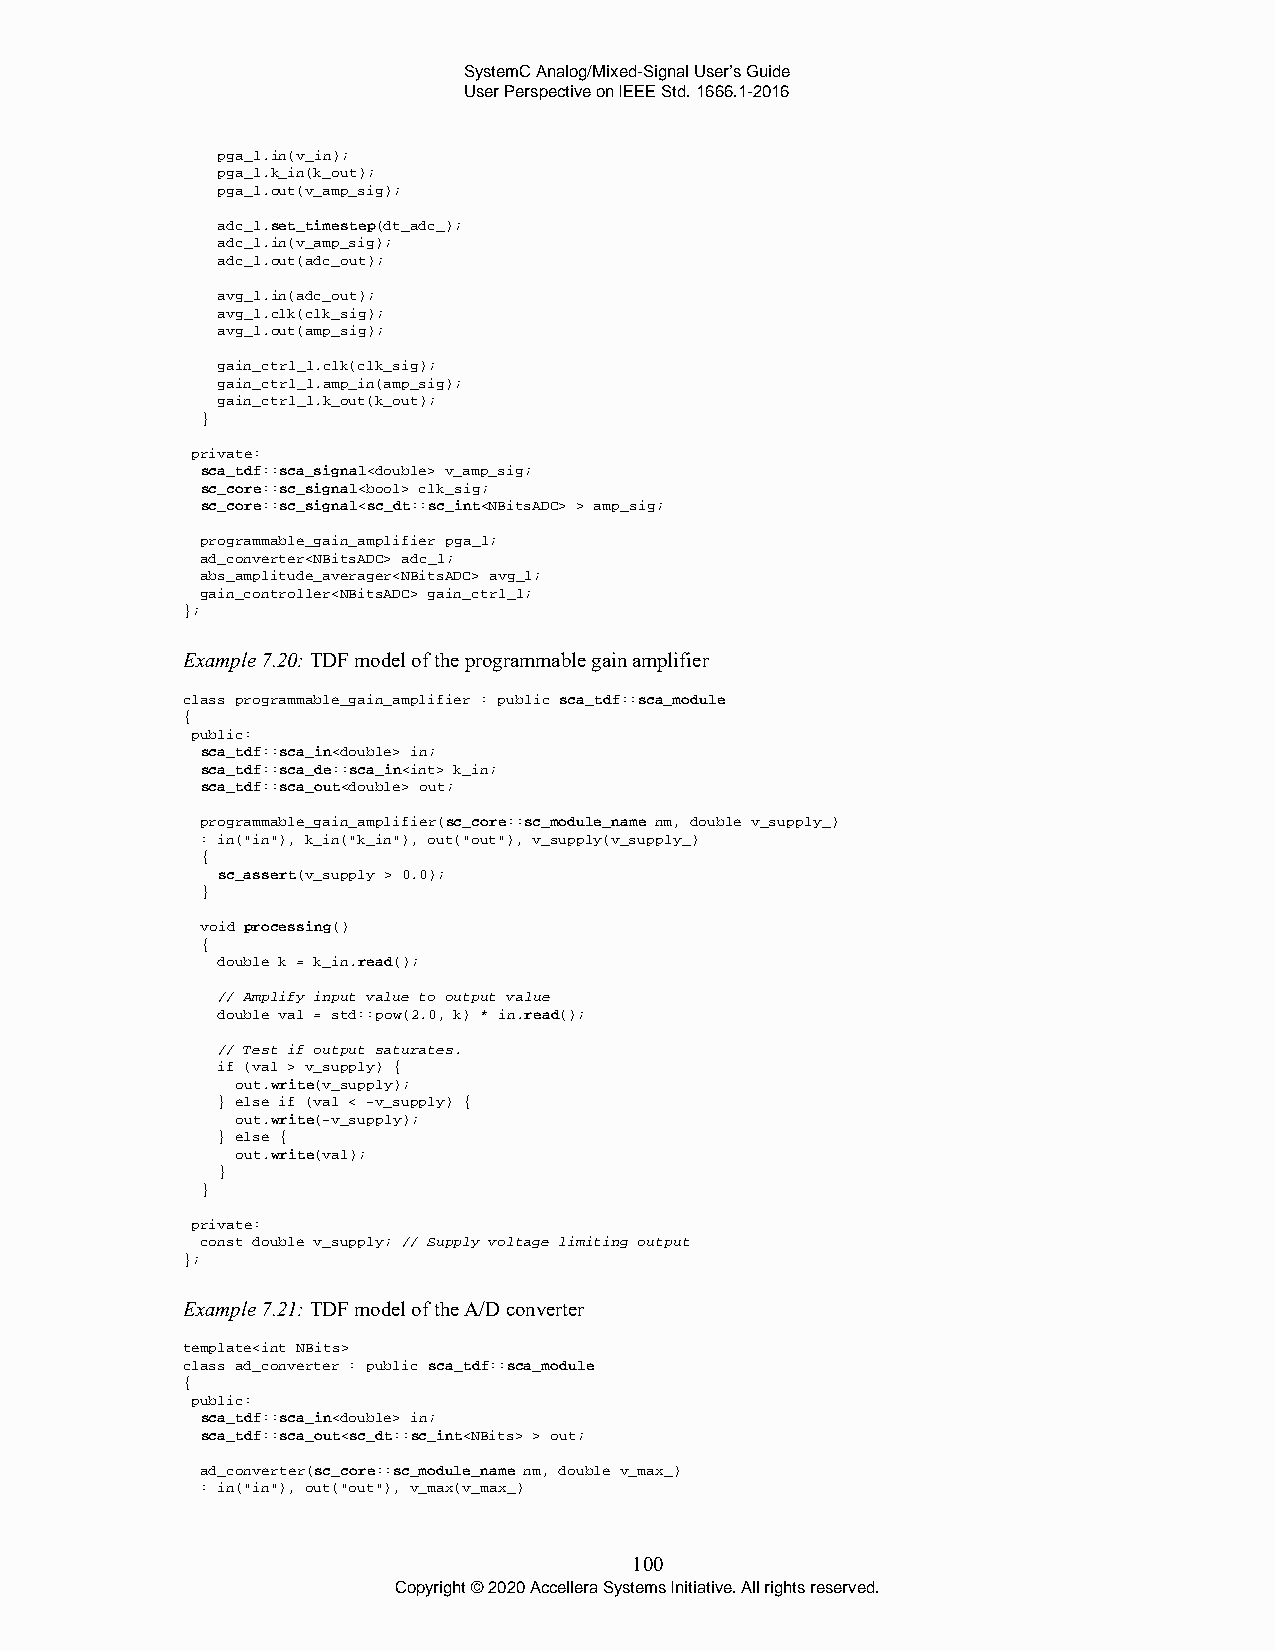
SystemC Analog/Mixed-Signal User’s Guide
 User Perspective on IEEE Std. 1666.1-2016
 pga_1.in(v_in);
 pga_1.k_in(k_out);
 pga_1.out(v_amp_sig);
 adc_1.set_timestep(dt_adc_);
 adc_1.in(v_amp_sig);
 adc_1.out(adc_out);
 avg_1.in(adc_out);
 avg_1.clk(clk_sig);
 avg_1.out(amp_sig);
 gain_ctrl_1.clk(clk_sig);
 gain_ctrl_1.amp_in(amp_sig);
 gain_ctrl_1.k_out(k_out);
 }
 private:
 sca_tdf::sca_signal<double> v_amp_sig;
 sc_core::sc_signal<bool> clk_sig;
 sc_core::sc_signal<sc_dt::sc_int<NBitsADC> > amp_sig;
 programmable_gain_amplifier pga_1;
 ad_converter<NBitsADC> adc_1;
 abs_amplitude_averager<NBitsADC> avg_1;
 gain_controller<NBitsADC> gain_ctrl_1;
 };
 Example 7.20: TDF model of the programmable gain amplifier
 class programmable_gain_amplifier : public sca_tdf::sca_module
 {
 public:
 sca_tdf::sca_in<double> in;
 sca_tdf::sca_de::sca_in<int> k_in;
 sca_tdf::sca_out<double> out;
 programmable_gain_amplifier(sc_core::sc_module_name nm, double v_supply_)
 : in("in"), k_in("k_in"), out("out"), v_supply(v_supply_)
 {
 sc_assert(v_supply > 0.0);
 }
 void processing()
 {
 double k = k_in.read();
 // Amplify input value to output value
 double val = std::pow(2.0, k) * in.read();
 // Test if output saturates.
 if (val > v_supply) {
 out.write(v_supply);
 } else if (val < -v_supply) {
 out.write(-v_supply);
 } else {
 out.write(val);
 }
 }
 private:
 const double v_supply; // Supply voltage limiting output
 };
 Example 7.21: TDF model of the A/D converter
 template<int NBits>
 class ad_converter : public sca_tdf::sca_module
 {
 public:
 sca_tdf::sca_in<double> in;
 sca_tdf::sca_out<sc_dt::sc_int<NBits> > out;
 ad_converter(sc_core::sc_module_name nm, double v_max_)
 : in("in"), out("out"), v_max(v_max_)
 100
 Copyright © 2020 Accellera Systems Initiative. All rights reserved.